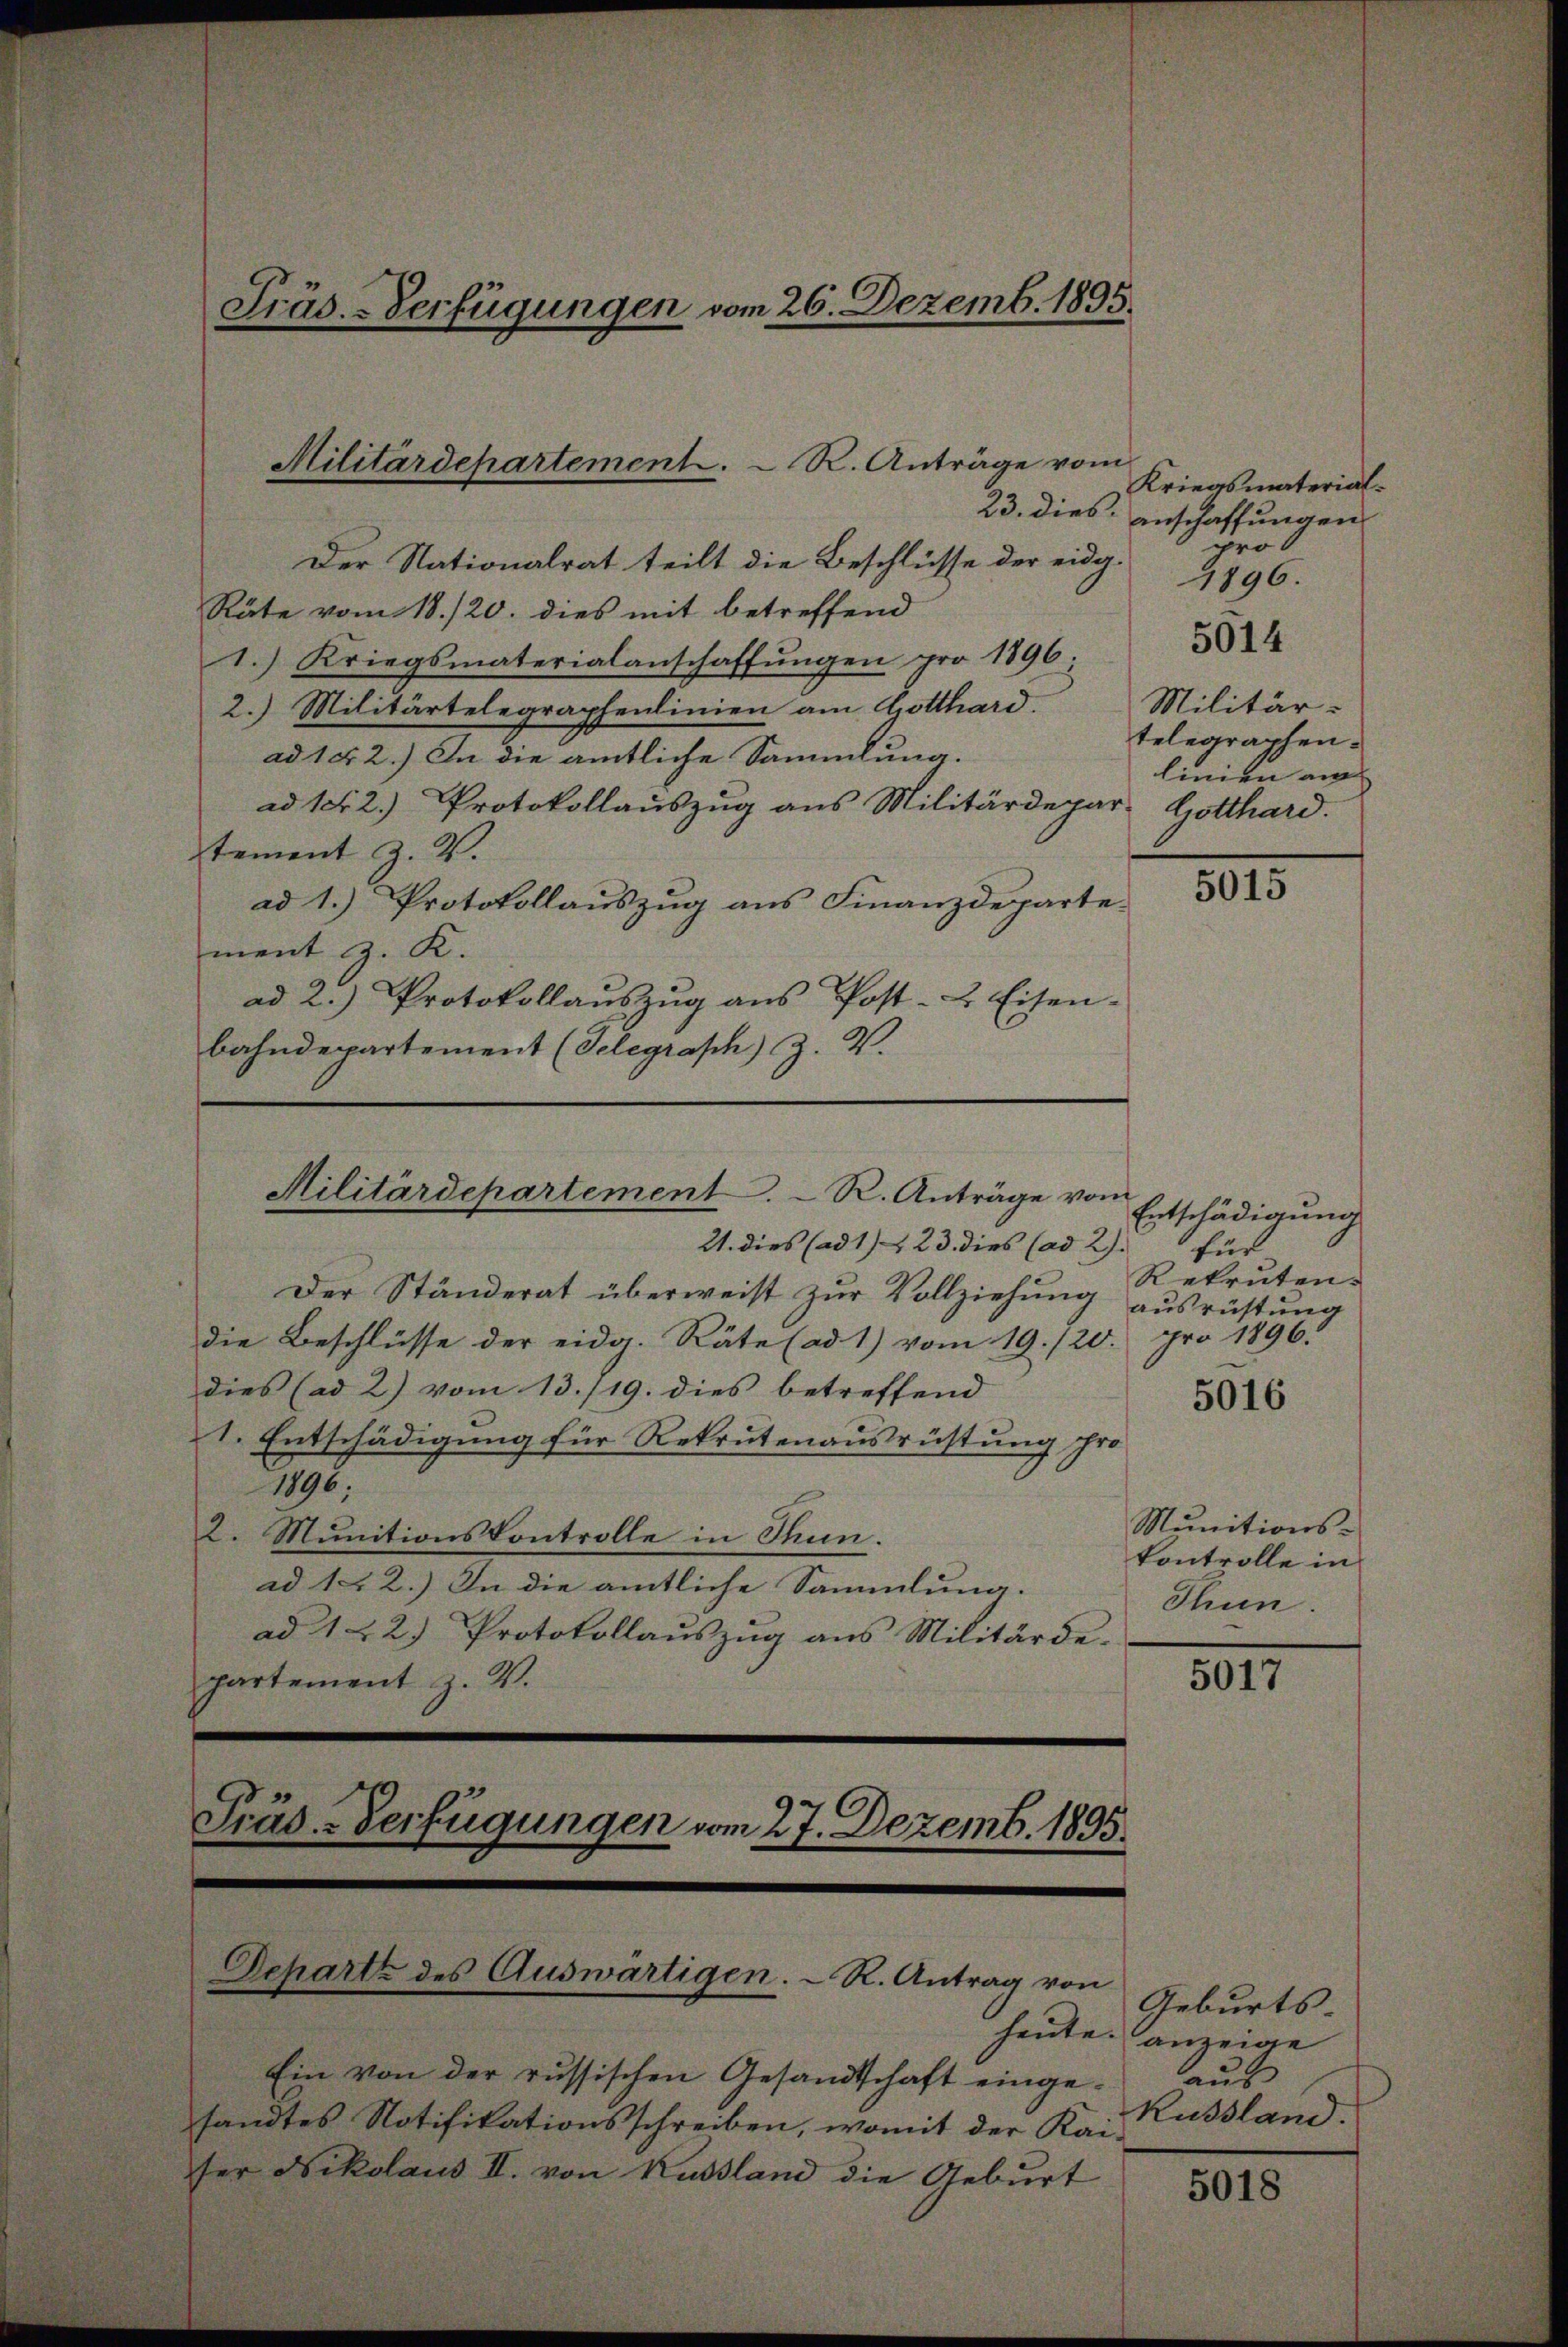
Präs.-Verfügungen vom 26. Dezemb. 1895.

Der Nationalrat teilt die Beschlüsse der eidg.
Räte vom 18./20. dies mit betreffend
1.) Kriegsmaterialanschaffungen pro 1896
2.) Militärtelegraphenlinien am Gotthard.
ad 1. 2.) In die amtliche Sammlung.
ad 1. 2.) Protokollauszug aus Militärdepar- Gotthard.
tement Z. V.
ad 1.) Protokollauszug aus Finanzdeparte
ment z. K.
ad 2.) Protokollaŭszŭg aŭs Post- & Eisen-
bahndepartement (Telegraph) Z. V.

Militärdepartement. R. Anträge vom

Militärdepartement. R. Anträge vom

21. dies (ad 1. 23. dies (ad 2).
Der Ständerat überweist zur Vollziehung ausrüstung
die Beschlüsse der eidg. Räte (ad 1) vom 19./20. pro 1896.
dies (ad 2) vom 13./19. dies betreffend
1. Entschädigung für Rekrutenausrüstung pro¬
1896;
2. Munitionskontrolle in Thun.
ad 122.) In die amtliche Sammlung.
ad 122) Protokollaŭszŭg ans Militärde-
partement z. V.
Präd-Verfügungen vom 27. Dezemb. 1895.

Departz des Auswärtigen. - R. Antrag von

Ein von der russischen Gesandtschaft eingesandtes Notifikationsschreiben, womit der Kai Russland.
ser Nikolaus II. von Kussland die Geburt

Kriegsmaterial¬
23. dies anschaffungen
prob
1896.

5014

Militär-
telegraphen.
linien am

5015

Entschädigung
für
Rekruten.

5016

Munitionskontrolle in
Thun.

5017

Geburts-
heute anzeige
laus

5018